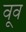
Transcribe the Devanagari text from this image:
वूव